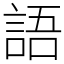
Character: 語